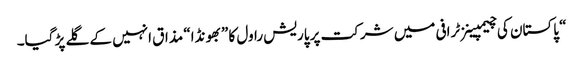
“ پاکستان کی چیمپینزٹرافی میں شرکت پر پاریش راول کا ”بھونڈا“ مذاق انہیں کے گلے پڑ گیا۔